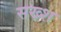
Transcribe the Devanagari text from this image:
सख्श